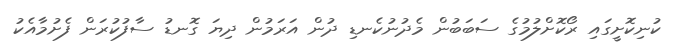
ކުނިކޮށީގައި ރޯކޮށްލުމުގެ ސަބަބުން މެދުނުކެނޑި ދުން އަރަމުން ދިޔަ ގޮނޑު ސާފުކުރަން ފެށުމާއެކު